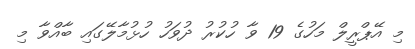
މި އޭޕްރީލް މަހުގެ 19 ވާ ހުކުރު ދުވަހު ހުޅުމާލޭގައި ބާއްވާ މި